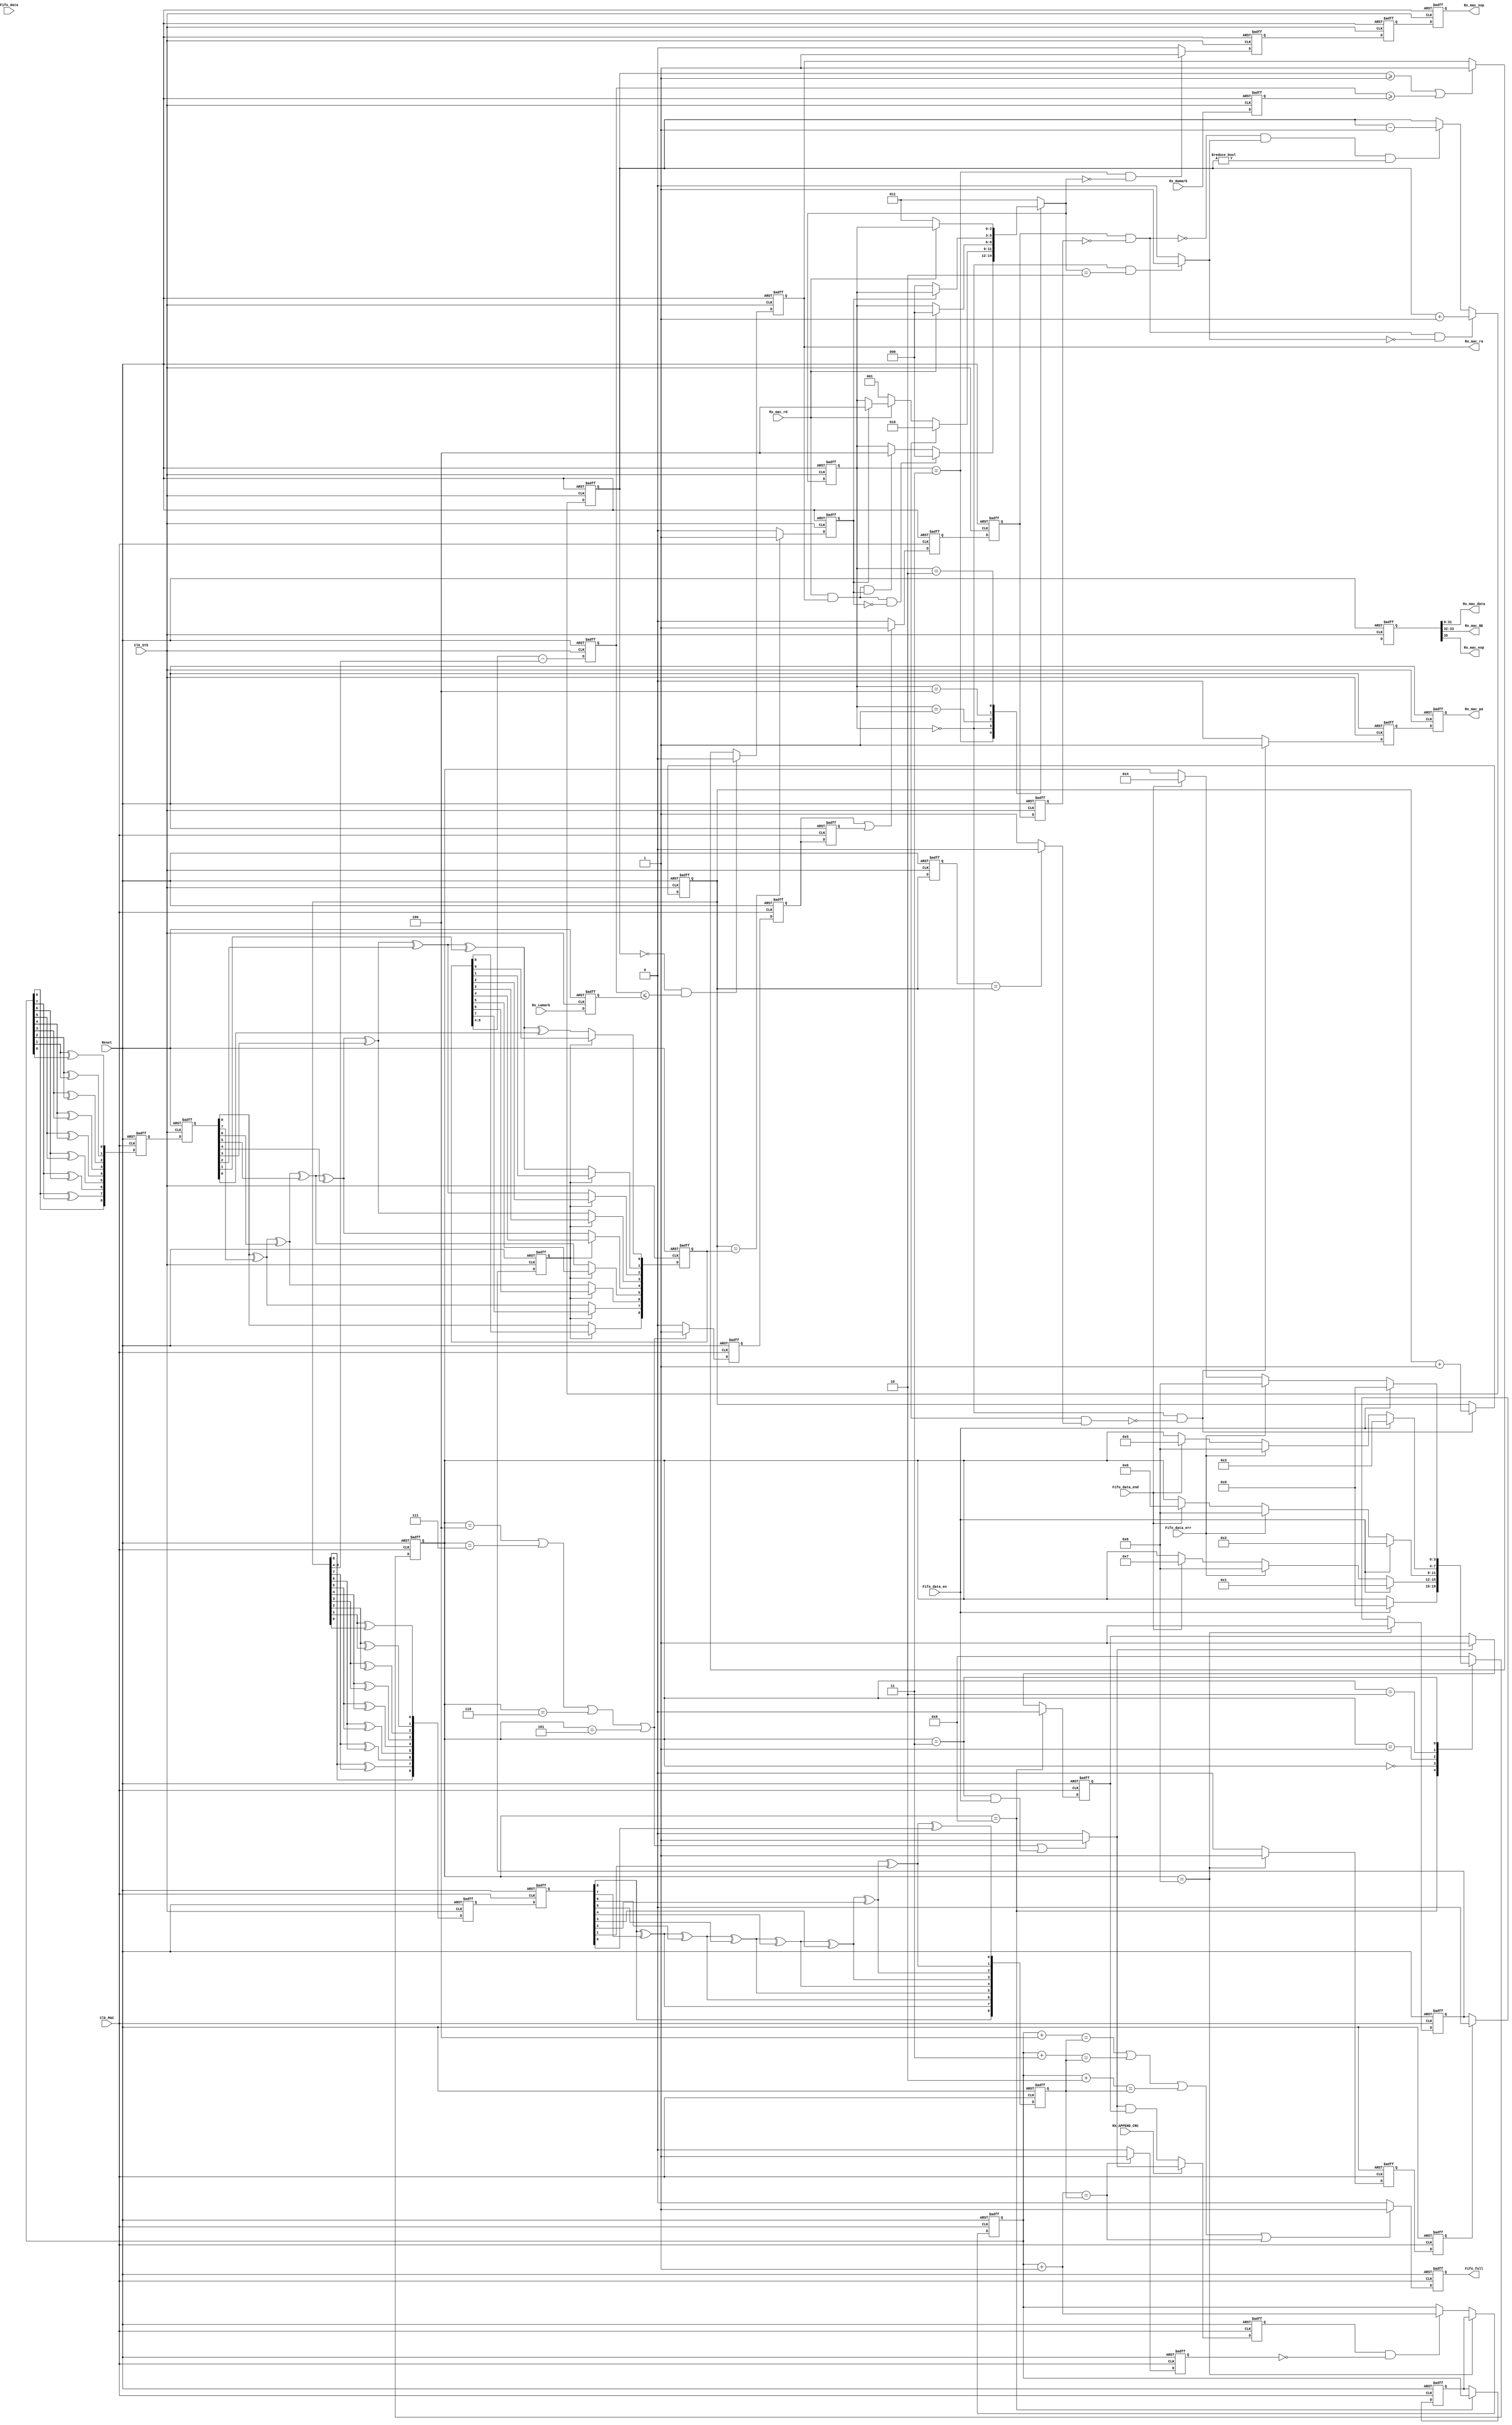
//////////////////////////////////////////////////////////////////////
////                                                              ////
////  MAC_rx_FF.v                                                 ////
////                                                              ////
////  This file is part of the Ethernet IP core project           ////
////  http://www.opencores.org/projects.cgi/web/ethernet_tri_mode/////
////                                                              ////
////  Author(s):                                                  ////
////      - Jon Gao (gaojon@yahoo.com)                            ////
////                                                              ////
////                                                              ////
//////////////////////////////////////////////////////////////////////
////                                                              ////
//// Copyright (C) 2001 Authors                                   ////
////                                                              ////
//// This source file may be used and distributed without         ////
//// restriction provided that this copyright statement is not    ////
//// removed from the file and that any derivative work contains  ////
//// the original copyright notice and the associated disclaimer. ////
////                                                              ////
//// This source file is free software; you can redistribute it   ////
//// and/or modify it under the terms of the GNU Lesser General   ////
//// Public License as published by the Free Software Foundation; ////
//// either version 2.1 of the License, or (at your option) any   ////
//// later version.                                               ////
////                                                              ////
//// This source is distributed in the hope that it will be       ////
//// useful, but WITHOUT ANY WARRANTY; without even the implied   ////
//// warranty of MERCHANTABILITY or FITNESS FOR A PARTICULAR      ////
//// PURPOSE.  See the GNU Lesser General Public License for more ////
//// details.                                                     ////
////                                                              ////
//// You should have received a copy of the GNU Lesser General    ////
//// Public License along with this source; if not, download it   ////
//// from http://www.opencores.org/lgpl.shtml                     ////
////                                                              ////
//////////////////////////////////////////////////////////////////////
//                                                                    
// CVS Revision History                                               
//                                                                    
// $Log: not supported by cvs2svn $
// Revision 1.6  2008/08/17 11:41:30  maverickist
// no message
//
// Revision 1.5  2006/06/25 04:58:56  maverickist
// no message
//
// Revision 1.4  2006/05/28 05:09:20  maverickist
// no message
//
// Revision 1.3  2006/01/19 14:07:54  maverickist
// verification is complete.
//
// Revision 1.3  2005/12/16 06:44:16  Administrator
// replaced tab with space.
// passed 9.6k length frame test.
//
// Revision 1.2  2005/12/13 12:15:37  Administrator
// no message
//
// Revision 1.1.1.1  2005/12/13 01:51:45  Administrator
// no message
//                                           

    
    
    


module MAC_rx_FF (
Reset       ,                                                                                                                                             
Clk_MAC     ,                                                                                                                                             
Clk_SYS     ,                                                                                                                                             
//MAC_rx_ctrl interface                                                                                                                                          
Fifo_data       ,                                                                                                                                         
Fifo_data_en    ,                                                                                                                                         
Fifo_full       ,                                                                                                                                         
Fifo_data_err   ,                                                                                                                                         
Fifo_data_end   ,   
//CPU
Rx_Hwmark,
Rx_Lwmark,
RX_APPEND_CRC,                                                                                                                                      
//user interface                                                                                                                                               
Rx_mac_ra   ,                                                                                                                       
Rx_mac_rd   ,                                                                                                                                             
Rx_mac_data ,                                                                                                                                             
Rx_mac_BE   ,
Rx_mac_sop  ,  
Rx_mac_pa,                                                                                                                                           
Rx_mac_eop                                                                                                                                             
);
input           Reset       ;
input           Clk_MAC     ;
input           Clk_SYS     ;
                //MAC_rx_ctrl interface 
input   [7:0]   Fifo_data       ;
input           Fifo_data_en    ;
output          Fifo_full       ;
input           Fifo_data_err   ;
input           Fifo_data_end   ;
                //CPU
input           RX_APPEND_CRC       ;
input   [4:0]   Rx_Hwmark           ;
input   [4:0]   Rx_Lwmark           ;
                //user interface 
output          Rx_mac_ra   ;//
input           Rx_mac_rd   ;
output  [31:0]  Rx_mac_data ;
output  [1:0]   Rx_mac_BE   ;
output          Rx_mac_pa   ;
output          Rx_mac_sop  ;
output          Rx_mac_eop  ;

//******************************************************************************
//internal signals                                                              
//******************************************************************************
parameter       State_byte3     =4'd0;      
parameter       State_byte2     =4'd1;
parameter       State_byte1     =4'd2;      
parameter       State_byte0     =4'd3;
parameter       State_be0       =4'd4;
parameter       State_be3       =4'd5;
parameter       State_be2       =4'd6;
parameter       State_be1       =4'd7;
parameter       State_err_end   =4'd8;
parameter       State_idle      =4'd9;

parameter       SYS_read        =3'd0;
parameter       SYS_pause       =3'd1;
parameter       SYS_wait_end    =3'd2;
parameter       SYS_idle        =3'd3;
parameter       FF_emtpy_err    =3'd4;

reg [9-1:0]       Add_wr;
reg [9-1:0]       Add_wr_ungray;
reg [9-1:0]       Add_wr_gray;
reg [9-1:0]       Add_wr_gray_dl1;
reg [9-1:0]       Add_wr_reg;

reg [9-1:0]       Add_rd;
reg [9-1:0]       Add_rd_pl1;
reg [9-1:0]       Add_rd_gray;
reg [9-1:0]       Add_rd_gray_dl1;
reg [9-1:0]       Add_rd_ungray;
reg [35:0]      Din;
reg [35:0]      Din_tmp;
reg [35:0]      Din_tmp_reg;
wire[35:0]      Dout;
reg             Wr_en;
reg             Wr_en_tmp;
reg             Wr_en_ptr;
wire[9-1:0]       Add_wr_pluse;
wire[9-1:0]       Add_wr_pluse4;
wire[9-1:0]       Add_wr_pluse3;
wire[9-1:0]       Add_wr_pluse2;
reg             Full;
reg             Almost_full;
reg             Empty /* synthesis syn_keep=1 */;
reg [3:0]       Current_state /* synthesis syn_keep=1 */;
reg [3:0]       Next_state;
reg [7:0]       Fifo_data_byte0;
reg [7:0]       Fifo_data_byte1;
reg [7:0]       Fifo_data_byte2;
reg [7:0]       Fifo_data_byte3;
reg             Fifo_data_en_dl1;
reg [7:0]       Fifo_data_dl1;
reg             Rx_mac_sop_tmp  ;
reg             Rx_mac_sop  ;
reg             Rx_mac_ra   ;
reg             Rx_mac_pa   ;



reg [2:0]       Current_state_SYS /* synthesis syn_keep=1 */;
reg [2:0]       Next_state_SYS ;
reg [5:0]       Packet_number_inFF /* synthesis syn_keep=1 */;
reg             Packet_number_sub ;
wire            Packet_number_add_edge;
reg             Packet_number_add_dl1;
reg             Packet_number_add_dl2;
reg             Packet_number_add ;
reg             Packet_number_add_tmp    ;
reg             Packet_number_add_tmp_dl1;
reg             Packet_number_add_tmp_dl2;

reg             Rx_mac_sop_tmp_dl1;
reg [35:0]      Dout_dl1;
reg [4:0]       Fifo_data_count;
reg             Rx_mac_pa_tmp       ;
reg             Add_wr_jump_tmp     ;
reg             Add_wr_jump_tmp_pl1 ;
reg             Add_wr_jump         ;
reg             Add_wr_jump_rd_pl1  ;
reg [4:0]       Rx_Hwmark_pl        ;
reg [4:0]       Rx_Lwmark_pl        ;
reg             Addr_freshed_ptr    ;
integer         i                   ;
//******************************************************************************
//domain Clk_MAC,write data to dprom.a-port for write
//******************************************************************************    
always @ (posedge Clk_MAC or posedge Reset)
    if (Reset)
        Current_state   <=State_idle;
    else
        Current_state   <=Next_state;
        
always @(Current_state or Fifo_data_en or Fifo_data_err or Fifo_data_end)
    case (Current_state)
        State_idle:
                if (Fifo_data_en)
                    Next_state  =State_byte3;
                else
                    Next_state  =Current_state;                 
        State_byte3:
                if (Fifo_data_en)
                    Next_state  =State_byte2;
                else if (Fifo_data_err)
                    Next_state  =State_err_end;
                else if (Fifo_data_end)
                    Next_state  =State_be1; 
                else
                    Next_state  =Current_state;                 
        State_byte2:
                if (Fifo_data_en)
                    Next_state  =State_byte1;
                else if (Fifo_data_err)
                    Next_state  =State_err_end;
                else if (Fifo_data_end)
                    Next_state  =State_be2; 
                else
                    Next_state  =Current_state;         
        State_byte1:
                if (Fifo_data_en)
                    Next_state  =State_byte0;
                else if (Fifo_data_err)
                    Next_state  =State_err_end;
                else if (Fifo_data_end)
                    Next_state  =State_be3; 
                else
                    Next_state  =Current_state;         
        State_byte0:
                if (Fifo_data_en)
                    Next_state  =State_byte3;
                else if (Fifo_data_err)
                    Next_state  =State_err_end;
                else if (Fifo_data_end)
                    Next_state  =State_be0; 
                else
                    Next_state  =Current_state; 
        State_be1:
                Next_state      =State_idle;
        State_be2:
                Next_state      =State_idle;
        State_be3:
                Next_state      =State_idle;
        State_be0:
                Next_state      =State_idle;
        State_err_end:
                Next_state      =State_idle;
        default:
                Next_state      =State_idle;                
    endcase

//
always @ (posedge Clk_MAC or posedge Reset)
    if (Reset)
        Add_wr_reg      <=0;
    else if (Current_state==State_idle)                 
        Add_wr_reg      <=Add_wr;
        
//

    
always @ (posedge Reset or posedge Clk_MAC)
    if (Reset)
        Add_wr_gray         <=0;
    else 
		begin
		Add_wr_gray[9-1]	<=Add_wr[9-1];
		for (i=9-2;i>=0;i=i-1)
		Add_wr_gray[i]			<=Add_wr[i+1]^Add_wr[i];
		end

//

always @ (posedge Clk_MAC or posedge Reset)
    if (Reset)
        Add_rd_gray_dl1         <=0;
    else
        Add_rd_gray_dl1         <=Add_rd_gray;
                    
always @ (posedge Clk_MAC or posedge Reset)
    if (Reset)
        Add_rd_ungray       =0;
    else        
		begin
		Add_rd_ungray[9-1]	=Add_rd_gray_dl1[9-1];	
		for (i=9-2;i>=0;i=i-1)
			Add_rd_ungray[i]	=Add_rd_ungray[i+1]^Add_rd_gray_dl1[i];	
		end        
assign          Add_wr_pluse=Add_wr+1;
assign		Add_wr_pluse4=Add_wr+4;
assign		Add_wr_pluse3=Add_wr+3;
assign		Add_wr_pluse2=Add_wr+2;

			              

always @ (posedge Clk_MAC or posedge Reset)
    if (Reset)
        Full    <=0;
    else if (Add_wr_pluse==Add_rd_ungray)
        Full    <=1;
    else
        Full    <=0;

always @ (posedge Clk_MAC or posedge Reset)
	if (Reset)
		Almost_full	<=0;
	else if (Add_wr_pluse4==Add_rd_ungray||
	         Add_wr_pluse3==Add_rd_ungray||
	         Add_wr_pluse2==Add_rd_ungray||
	         Add_wr_pluse==Add_rd_ungray
	         )
		Almost_full	<=1;
	else
		Almost_full	<=0;		

assign		Fifo_full =Almost_full;

//
always @ (posedge Clk_MAC or posedge Reset)
    if (Reset)
        Add_wr  <=0;
    else if (Current_state==State_err_end)
        Add_wr  <=Add_wr_reg;
    else if (Wr_en&&!Full)
        Add_wr  <=Add_wr +1;
        
always @ (posedge Clk_MAC or posedge Reset)
	if (Reset)
	    Add_wr_jump_tmp <=0;
	else if (Current_state==State_err_end)
	    Add_wr_jump_tmp <=1;
	else
	    Add_wr_jump_tmp <=0;

always @ (posedge Clk_MAC or posedge Reset)
	if (Reset)
	    Add_wr_jump_tmp_pl1 <=0;
	else
	    Add_wr_jump_tmp_pl1 <=Add_wr_jump_tmp;	 
	    
always @ (posedge Clk_MAC or posedge Reset)
	if (Reset)
	    Add_wr_jump <=0;
	else if (Current_state==State_err_end)
	    Add_wr_jump <=1;
	else if (Add_wr_jump_tmp_pl1)
	    Add_wr_jump <=0;	       		
		
//
always @ (posedge Clk_MAC or posedge Reset)
    if (Reset)
        Fifo_data_en_dl1    <=0;
    else 
        Fifo_data_en_dl1    <=Fifo_data_en;
        
always @ (posedge Clk_MAC or posedge Reset)
    if (Reset)
        Fifo_data_dl1   <=0;
    else 
        Fifo_data_dl1   <=Fifo_data;
        
always @ (posedge Clk_MAC or posedge Reset)
    if (Reset)
        Fifo_data_byte3     <=0;
    else if (Current_state==State_byte3&&Fifo_data_en_dl1)
        Fifo_data_byte3     <=Fifo_data_dl1;

always @ (posedge Clk_MAC or posedge Reset)
    if (Reset)
        Fifo_data_byte2     <=0;
    else if (Current_state==State_byte2&&Fifo_data_en_dl1)
        Fifo_data_byte2     <=Fifo_data_dl1;
        
always @ (posedge Clk_MAC or posedge Reset)
    if (Reset)
        Fifo_data_byte1     <=0;
    else if (Current_state==State_byte1&&Fifo_data_en_dl1)
        Fifo_data_byte1     <=Fifo_data_dl1;

always @ (* )
    case (Current_state)
        State_be0:
            Din_tmp ={4'b1000,Fifo_data_byte3,Fifo_data_byte2,Fifo_data_byte1,Fifo_data_dl1};       
        State_be1:
            Din_tmp ={4'b1001,Fifo_data_byte3,24'h0};
        State_be2:
            Din_tmp ={4'b1010,Fifo_data_byte3,Fifo_data_byte2,16'h0};
        State_be3:
            Din_tmp ={4'b1011,Fifo_data_byte3,Fifo_data_byte2,Fifo_data_byte1,8'h0};
        default:
            Din_tmp ={4'b0000,Fifo_data_byte3,Fifo_data_byte2,Fifo_data_byte1,Fifo_data_dl1};
    endcase
    
always @ (*)
    if (Current_state==State_be0||Current_state==State_be1||
       Current_state==State_be2||Current_state==State_be3||
      (Current_state==State_byte0&&Fifo_data_en))
        Wr_en_tmp   =1;
    else 
        Wr_en_tmp   =0; 

always @ (posedge Clk_MAC or posedge Reset)
    if (Reset)
        Din_tmp_reg <=0;
    else if(Wr_en_tmp)
        Din_tmp_reg <=Din_tmp;  
        
always @ (posedge Clk_MAC or posedge Reset)
    if (Reset)
        Wr_en_ptr   <=0;
    else if(Current_state==State_idle)
        Wr_en_ptr   <=0;    
    else if(Wr_en_tmp)
        Wr_en_ptr   <=1;

//if not append FCS,delay one cycle write data and Wr_en signal to drop FCS
always @ (posedge Clk_MAC or posedge Reset)
    if (Reset)
        begin
        Wr_en           <=0;
        Din             <=0;
        end
    else if(RX_APPEND_CRC)
        begin
        Wr_en           <=Wr_en_tmp;
        Din             <=Din_tmp;
        end         
    else
        begin
        Wr_en           <=Wr_en_tmp&&Wr_en_ptr;
        Din             <={Din_tmp[35:32],Din_tmp_reg[31:0]};
        end                                 
        
//this signal for read side to handle the packet number in fifo
always @ (posedge Clk_MAC or posedge Reset)
    if (Reset)
        Packet_number_add_tmp   <=0;
    else if (Current_state==State_be0||Current_state==State_be1||
             Current_state==State_be2||Current_state==State_be3)
        Packet_number_add_tmp   <=1;
    else 
        Packet_number_add_tmp   <=0;
        
always @ (posedge Clk_MAC or posedge Reset)
    if (Reset)
        begin
        Packet_number_add_tmp_dl1   <=0;
        Packet_number_add_tmp_dl2   <=0;
        end
    else
        begin
        Packet_number_add_tmp_dl1   <=Packet_number_add_tmp;
        Packet_number_add_tmp_dl2   <=Packet_number_add_tmp_dl1;
        end     
        
//Packet_number_add delay to Din[35] is needed to make sure the data have been wroten to ram.       
//expand to two cycles long almost=16 ns
//if the Clk_SYS period less than 16 ns ,this signal need to expand to 3 or more clock cycles       
always @ (posedge Clk_MAC or posedge Reset)
    if (Reset)
        Packet_number_add   <=0;
    else if (Packet_number_add_tmp_dl1||Packet_number_add_tmp_dl2)
        Packet_number_add   <=1;
    else 
        Packet_number_add   <=0;
 
 
 
 
 
 
 
 
 
 
 
 
 
 
 
 
 
 
 
 
 
 
 
 
//******************************************************************************
//domain Clk_SYS,read data from dprom.b-port for read
//******************************************************************************


always @ (posedge Clk_SYS or posedge Reset)
    if (Reset)
        Current_state_SYS   <=SYS_idle;
    else 
        Current_state_SYS   <=Next_state_SYS;
        
always @ (Current_state_SYS or Rx_mac_rd or Rx_mac_ra or Dout or Empty)
    case (Current_state_SYS)
        SYS_idle:
			if (Rx_mac_rd&&Rx_mac_ra&&!Empty)
                Next_state_SYS  =SYS_read;
		    else if(Rx_mac_rd&&Rx_mac_ra&&Empty)
		        Next_state_SYS	=FF_emtpy_err;
            else
                Next_state_SYS  =Current_state_SYS;
        SYS_read:
            if (Dout[35])                
                Next_state_SYS  =SYS_wait_end;
            else if (!Rx_mac_rd)
                Next_state_SYS  =SYS_pause;
            else if (Empty)
                Next_state_SYS  =FF_emtpy_err;
            else
                Next_state_SYS  =Current_state_SYS;
        SYS_pause:
            if (Rx_mac_rd)                            
                Next_state_SYS  =SYS_read;         
            else                                   
                Next_state_SYS  =Current_state_SYS;
        FF_emtpy_err:
            if (!Empty)
                Next_state_SYS  =SYS_read;
            else
                Next_state_SYS  =Current_state_SYS;
        SYS_wait_end:
            if (!Rx_mac_rd)
                Next_state_SYS  =SYS_idle;
            else
                Next_state_SYS  =Current_state_SYS;
        default:
                Next_state_SYS  =SYS_idle;
    endcase
    
        
//gen Rx_mac_ra 
always @ (posedge Clk_SYS or posedge Reset)
    if (Reset)
        begin
        Packet_number_add_dl1   <=0;
        Packet_number_add_dl2   <=0;
        end
    else 
        begin
        Packet_number_add_dl1   <=Packet_number_add;
        Packet_number_add_dl2   <=Packet_number_add_dl1;
        end
assign  Packet_number_add_edge=Packet_number_add_dl1&!Packet_number_add_dl2;

always @ (Current_state_SYS or Next_state_SYS)
    if (Current_state_SYS==SYS_read&&Next_state_SYS==SYS_wait_end)
        Packet_number_sub       =1;
    else
        Packet_number_sub       =0;
        
always @ (posedge Clk_SYS or posedge Reset)
    if (Reset)
        Packet_number_inFF      <=0;
    else if (Packet_number_add_edge&&!Packet_number_sub)
        Packet_number_inFF      <=Packet_number_inFF + 1;
	else if (!Packet_number_add_edge&&Packet_number_sub&&Packet_number_inFF!=0)
        Packet_number_inFF      <=Packet_number_inFF - 1;

always @ (posedge Clk_SYS or posedge Reset)                                                         
    if (Reset)                                                                                      
        Fifo_data_count     <=0;                                                                    
    else                                                                                            
        Fifo_data_count     <=Add_wr_ungray[9-1:9-5]-Add_rd[9-1:9-5]; 

always @ (posedge Clk_SYS or posedge Reset)                                                         
    if (Reset) 
        begin
        Rx_Hwmark_pl        <=0;
        Rx_Lwmark_pl        <=0;
        end
    else
        begin
        Rx_Hwmark_pl        <=Rx_Hwmark;
        Rx_Lwmark_pl        <=Rx_Lwmark;
        end   
        
always @ (posedge Clk_SYS or posedge Reset)
    if (Reset)  
        Rx_mac_ra   <=0;
    else if (Packet_number_inFF==0&&Fifo_data_count<=Rx_Lwmark_pl)
        Rx_mac_ra   <=0;
    else if (Packet_number_inFF>=1||Fifo_data_count>=Rx_Hwmark_pl)
        Rx_mac_ra   <=1;

        
//control Add_rd signal;
always @ (posedge Clk_SYS or posedge Reset)
    if (Reset)
        Add_rd      <=0;
    else if (Current_state_SYS==SYS_read&&!(Dout[35]&&Addr_freshed_ptr))  
        Add_rd      <=Add_rd + 1;

always @ (posedge Clk_SYS or posedge Reset)
    if (Reset)
        Add_rd_pl1  <=0;
    else
        Add_rd_pl1  <=Add_rd; 
        
always @ (*)
    if (Add_rd_pl1==Add_rd)
        Addr_freshed_ptr      =0;
    else
        Addr_freshed_ptr      =1;

//
always @ (posedge Reset or posedge Clk_SYS)
    if (Reset)
        Add_rd_gray         <=0;
    else 
		begin
		Add_rd_gray[9-1]	<=Add_rd[9-1];
		for (i=9-2;i>=0;i=i-1)
		Add_rd_gray[i]			<=Add_rd[i+1]^Add_rd[i];
		end
//

always @ (posedge Clk_SYS or posedge Reset)
    if (Reset)
        Add_wr_gray_dl1     <=0;
    else
        Add_wr_gray_dl1     <=Add_wr_gray;
            
always @ (posedge Clk_SYS or posedge Reset)
    if (Reset)
        Add_wr_jump_rd_pl1  <=0;
    else        
        Add_wr_jump_rd_pl1  <=Add_wr_jump;	
            
always @ (posedge Clk_SYS or posedge Reset)
    if (Reset)
        Add_wr_ungray       =0;
    else if (!Add_wr_jump_rd_pl1)       
		begin
		Add_wr_ungray[9-1]	=Add_wr_gray_dl1[9-1];	
		for (i=9-2;i>=0;i=i-1)
			Add_wr_ungray[i]	=Add_wr_ungray[i+1]^Add_wr_gray_dl1[i];	
		end                    
//empty signal gen  
always @ (posedge Clk_SYS or posedge Reset)
    if (Reset)      
        Empty   <=1;
    else if (Add_rd==Add_wr_ungray)
        Empty   <=1;
    else
        Empty   <=0;



always @ (posedge Clk_SYS or posedge Reset)
    if (Reset)
        Dout_dl1    <=0;
    else
        Dout_dl1    <=Dout; 

assign  Rx_mac_data     =Dout_dl1[31:0];
assign  Rx_mac_BE       =Dout_dl1[33:32];
assign  Rx_mac_eop      =Dout_dl1[35];

//aligned to Addr_rd 
always @ (posedge Clk_SYS or posedge Reset) 
    if (Reset)
        Rx_mac_pa_tmp   <=0;    
    else if (Current_state_SYS==SYS_read&&!(Dout[35]&&Addr_freshed_ptr))         
        Rx_mac_pa_tmp   <=1;
    else
        Rx_mac_pa_tmp   <=0;



always @ (posedge Clk_SYS or posedge Reset) 
    if (Reset)
        Rx_mac_pa   <=0;
    else 
        Rx_mac_pa   <=Rx_mac_pa_tmp;
    

    
always @ (posedge Clk_SYS or posedge Reset)
    if (Reset)
        Rx_mac_sop_tmp      <=0;
    else if (Current_state_SYS==SYS_idle&&Next_state_SYS==SYS_read)
        Rx_mac_sop_tmp      <=1;
    else
        Rx_mac_sop_tmp      <=0;
        

        
always @ (posedge Clk_SYS or posedge Reset)
    if (Reset)
        begin
        Rx_mac_sop_tmp_dl1  <=0;
        Rx_mac_sop          <=0;
        end
    else 
        begin
        Rx_mac_sop_tmp_dl1  <=Rx_mac_sop_tmp;
        Rx_mac_sop          <=Rx_mac_sop_tmp_dl1;
        end



//******************************************************************************

/*
duram #(36,`MAC_RX_FF_DEPTH,"M4K") U_duram(          
.data_a         (Din        ), 
.wren_a         (Wr_en      ), 
.address_a      (Add_wr     ), 
.address_b      (Add_rd     ), 
.clock_a        (Clk_MAC    ), 
.clock_b        (Clk_SYS    ), 
.q_b            (Dout       ));
*/
endmodule